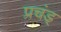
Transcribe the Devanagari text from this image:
प्रचंड्